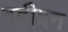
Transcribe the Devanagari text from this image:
वहीदन